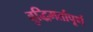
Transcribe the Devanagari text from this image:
बुद्धिमर्तापूर्ण